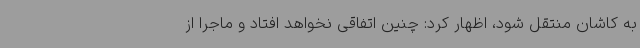
به کاشان منتقل شود، اظهار کرد: چنین اتفاقی نخواهد افتاد و ماجرا از